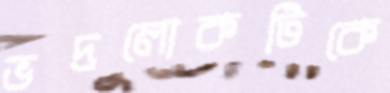
ভদ্রলোকটিকে